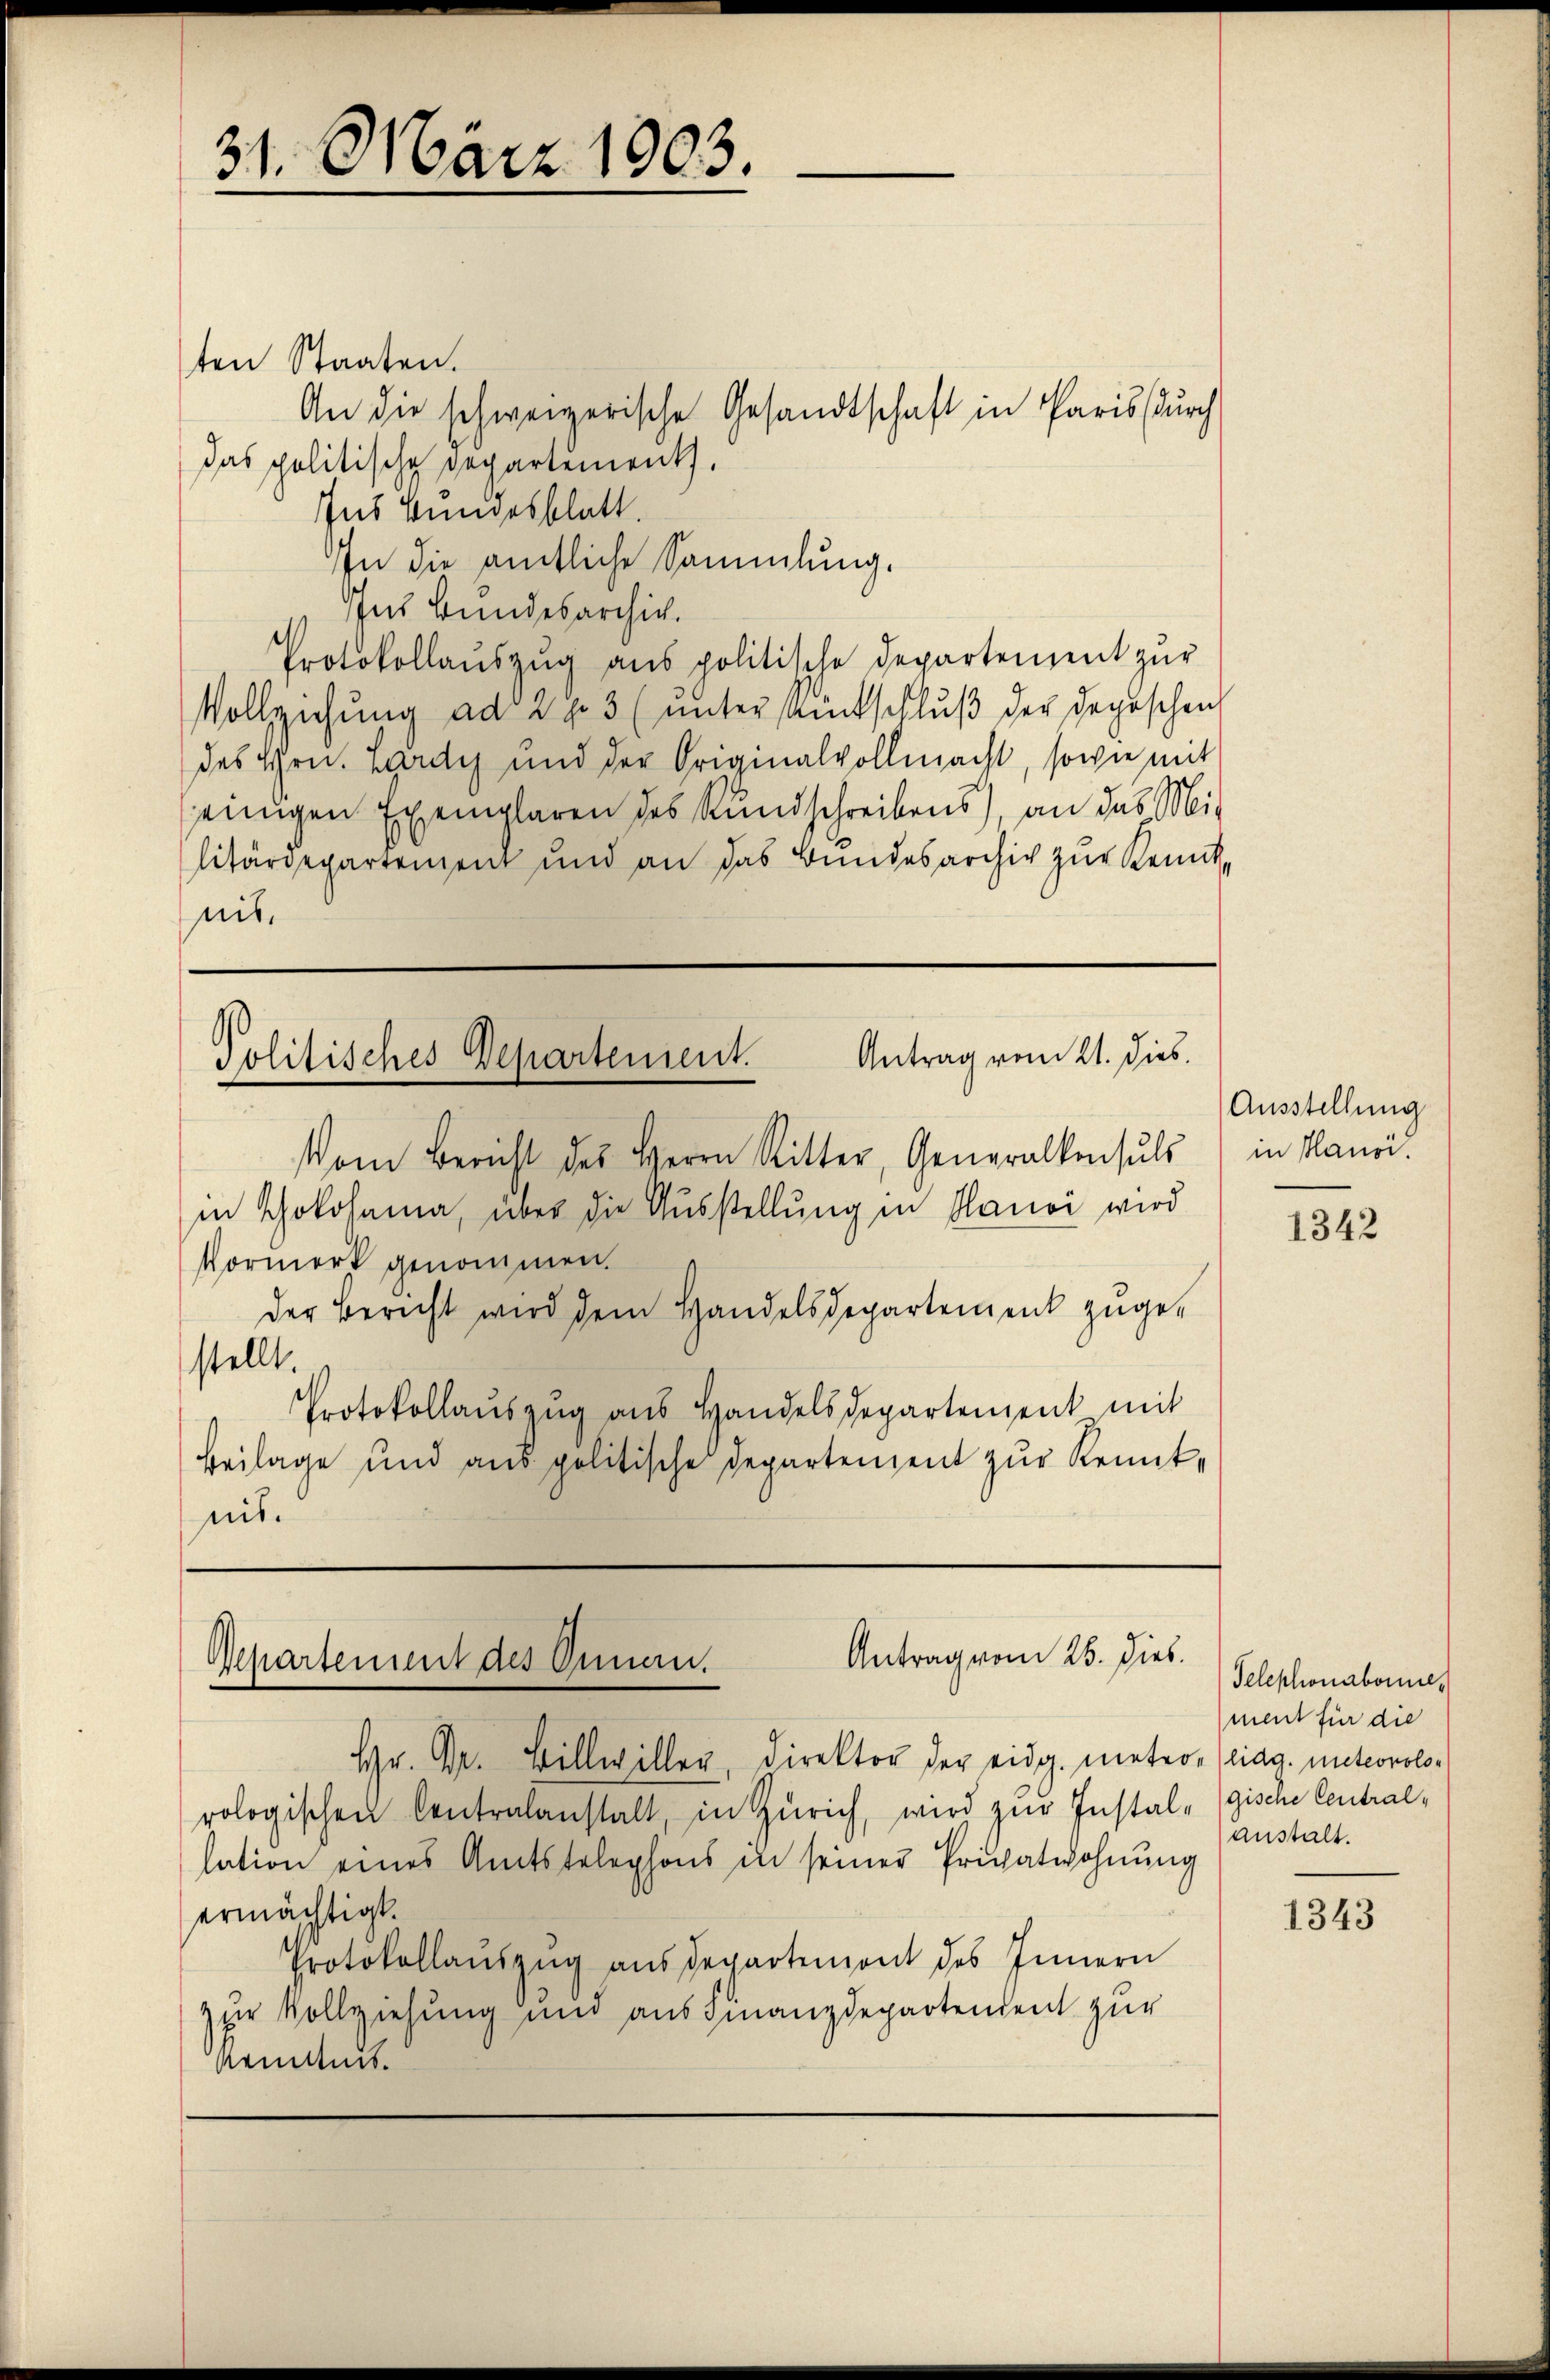
31. März 1903.

ten Staaten.
An die schweizerische Gesandtschaft in Paris (durch
das politische Departements.
Ins Bundesblatt.
In die amtliche Sammlung.
Ins Bundesarchiv.
Protokollauszug aus politische Departement zur
Vollziehung ad 2 p. 3 (unter Rückschluß der Depeschen
des Hrn. Lardy und der Originalvollmacht, sowie mit
einigen Exemplaren des Kundschreibens), an das Militärdepartement und an das Bundesarchiv zur Kenntnit.

Antrag vom 21. dies
Politisches Departement.

Vom Bericht des Herrn Ritter, Generalkonsuls
in Schokohama, über die Ausstellung in Hauoi wird
Vormerk genommen.
Der Bericht wird dem Handelsdepartement zuge-
stellt.
Protokollaŭszŭg ans Handelsdepartement mit
Beilage und ans politische Departement zŭr Kennt-
nis.

Antrag vom 26. Dieb.
Repartement des Onnau.

Ausstellung
in Hansi.

Hr. Dr. Billwillen, Direktor der eidg. meteon (lidg. meteorolorologischen Centralanstalt, in Zürich, wird zur Instal-gische Centrallation eines Amtstelephons in seiner Privatwohnung
ermächtigt.
Protokollaŭszŭg aŭs departemont des Innern
zur Vollziehung und aus Finanzdepartendent zur
Kentnis.

1342

Telephonabonnen
ment für die
anstalt.

1343